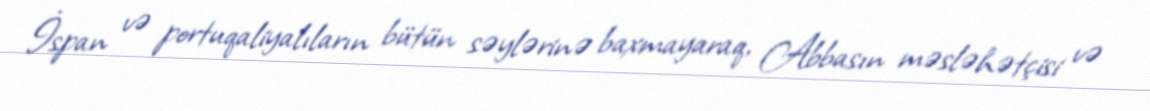
İspan və portuqaliyalıların bütün səylərinə baxmayaraq, Abbasın məsləhətçisi və